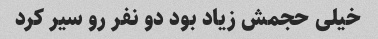
خیلی حجمش زیاد بود دو نفر رو سیر کرد